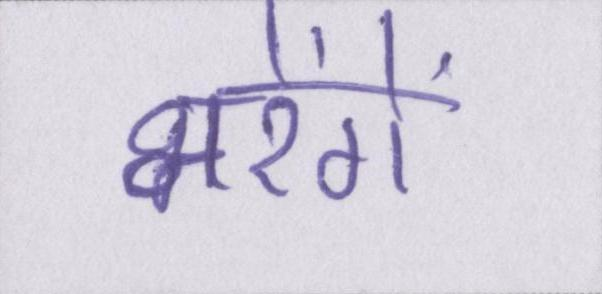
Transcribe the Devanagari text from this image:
भरेंगे